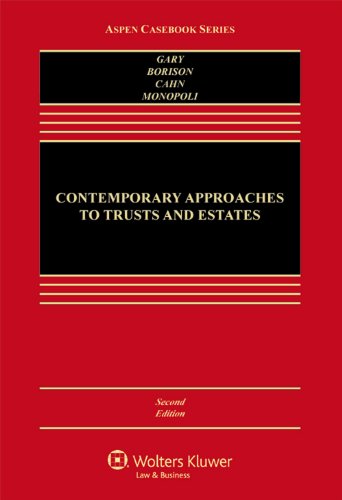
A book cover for Contemporary Approaches to Trusts and Estates (Aspen Casebooks); Susan N. Gary; Law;